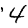
Digit: 4